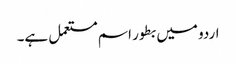
اردو میں بطور اسم مستعمل ہے۔